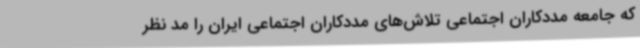
که جامعه مددکاران اجتماعی تلاش‌های مددکاران اجتماعی ایران را مد نظر